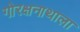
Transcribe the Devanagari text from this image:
गोरक्षनाथाला